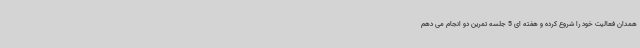
همدان فعالیت خود را شروع کرده و هفته ای 5 جلسه تمرین دو انجام می دهم